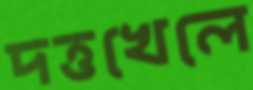
দত্তখেলে